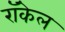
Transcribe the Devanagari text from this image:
राॅकेल